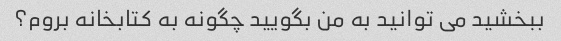
ببخشید می توانید به من بگویید چگونه به کتابخانه بروم؟